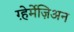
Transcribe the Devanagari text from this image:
ग़्हेर्मेज़िअन